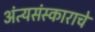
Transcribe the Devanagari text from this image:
अंत्यसंस्काराचे